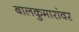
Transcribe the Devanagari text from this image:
बालकुमारांवर